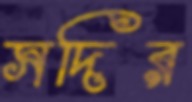
সদির